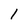
Character: 1